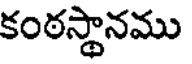
కంఠస్థానము